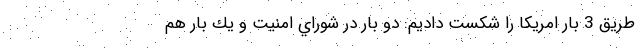
طريق 3 بار امريكا را شكست داديم: دو بار در شوراي امنيت و يك بار هم